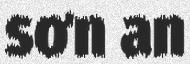
sơn an